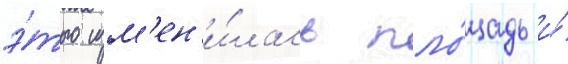
э́того изм'ен'и́лась пло́щадь и́